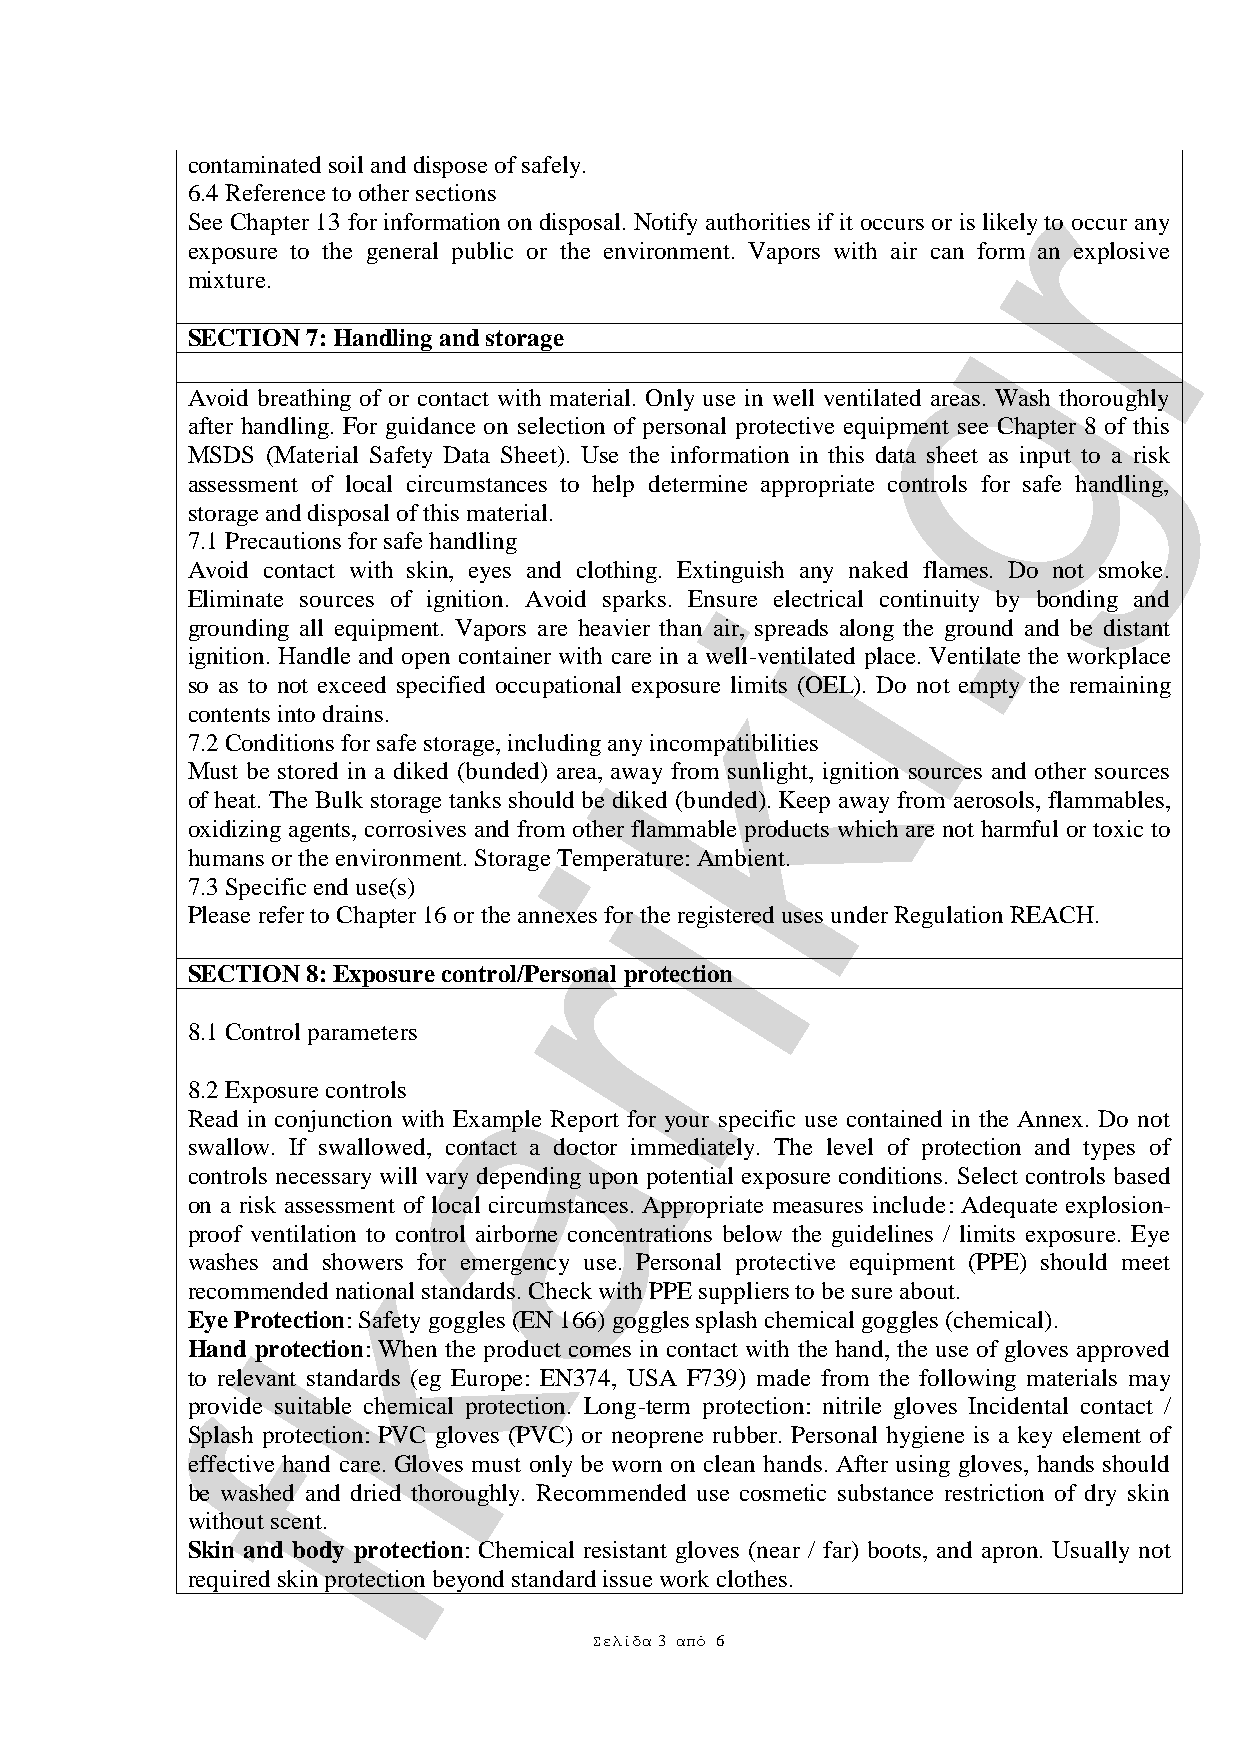
contaminated soil and dispose of safely.            r
 6.4 Reference to other sections
 See Chapter 13 for information on disposal. Notify authorities if it occurs or is likely to occur any
 exposure to the general public or the environment. Vapors with air can form an explosive
 mixture.
 g
 SECTION 7: Handling and storage
 Avoid breathing of or contact with material. Only use in well ventilated areas. Wash thoroughly
 after handling. For guidance on selection of personal protective equipment see Chapter 8 of this
 MSDS  (Material Safety Data Sheet). Use the information in this data sheet as input to a risk
 assessment of local circumstances to help determine a.ppropriate controls for safe handling,
 storage and disposal of this material.
 7.1 Precautions for safe handling
 Avoid contact with skin, eyes and clothing. Extinguish any naked flames. Do not smoke.
 i
 Eliminate sources of ignition. Avoid sparks. Ensure electrical continuity by bonding and
 grounding all equipment. Vapors are heavier than air, spreads along the ground and be distant
 ignition. Handle and open container with care kin a well-ventilated place. Ventilate the workplace
 so as to not exceed specified occupational exposure limits (OEL). Do not empty the remaining
 contents into drains.
 7.2 Conditions for safe storage, including any incompatibilities
 Must be stored in a diked (bunded) area, away from sunlight, ignition sources and other sources
 of heat. The Bulk storage tanks should be diked (bunded). Keep away from aerosols, flammables,
 oxidizing agents, corrosives and from other flammable products which are not harmful or toxic to
 i
 humans or the environment. Storage Temperature: Ambient.
 7.3 Specific end use(s)
 Please refer to Chapter 16 or thre annexes for the registered uses under Regulation REACH.
 SECTION 8: Exposure control/Personal protection
 8.1 Control parameters a
 8.2 Exposure controls
 Read in conjunction with Example Report for your specific use contained in the Annex. Do not
 swallow. If swallowed, contact a doctor immediately. The level of protection and types of
 controls necessary will vary depending upon potential exposure conditions. Select controls based
 on a risk assessment of local circumstances. Appropriate measures include: Adequate explosion-
 proof ventiklation to control airborne concentrations below the guidelines / limits exposure. Eye
 washes and showers for emergency use. Personal protective equipment (PPE) should meet
 recommended national standards. Check with PPE suppliers to be sure about.
 Eye Protection: Safety goggles (EN 166) goggles splash chemical goggles (chemical).
 Hand protection: When the product comes in contact with the hand, the use of gloves approved
 to relevant standards (eg Europe: EN374, USA F739) made from the following materials may
 pfrovide suitable chemical protection. Long-term protection: nitrile gloves Incidental contact /
 Splash protection: PVC gloves (PVC) or neoprene rubber. Personal hygiene is a key element of
 effective hand care. Gloves must only be worn on clean hands. After using gloves, hands should
 be washed and dried thoroughly. Recommended use cosmetic substance restriction of dry skin
 without scent.
 Skin and body protection: Chemical resistant gloves (near / far) boots, and apron. Usually not
 required skin protection beyond standard issue work clothes.
 Σελίδα 3 από 6